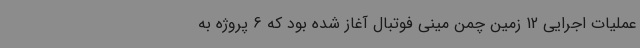
عملیات اجرایی 12 زمین چمن مینی فوتبال آغاز شده بود که 6 پروژه به